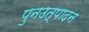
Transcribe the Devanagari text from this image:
पुनउत्पादन